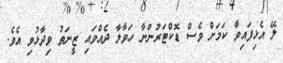
ލޭ އެޅިފައިވާ ކަމަށް ވެސް ޑޮކްޓަރުންނާ ހަވާލާ ދެއްވައި ޒީނަތު ވިދާޅުވި އެވެ.